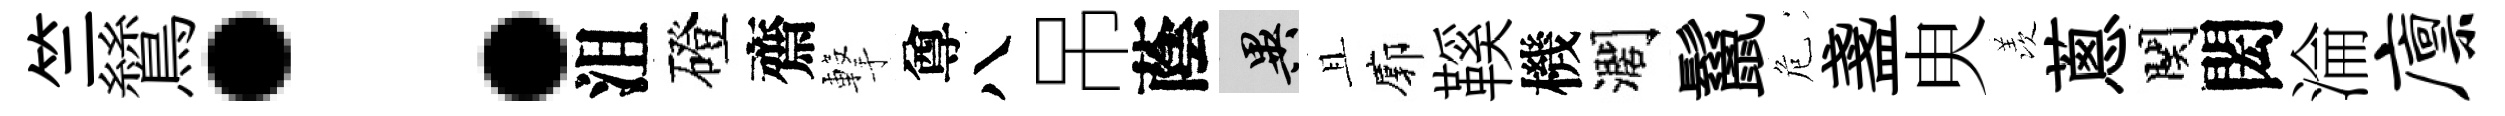
竺鷥：沮磴齋撃尊八吊蔭异且廓鞵機濶鬣危盞㬰羡蔥関閎淪廪